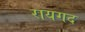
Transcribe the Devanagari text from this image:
रायगद